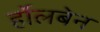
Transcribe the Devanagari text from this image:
र्होलबेन